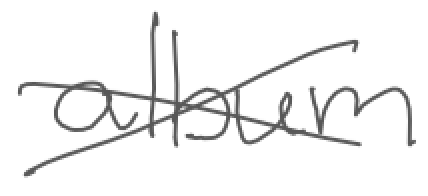
Text: album
Cross-out: cross
Writing tool: digital_gray